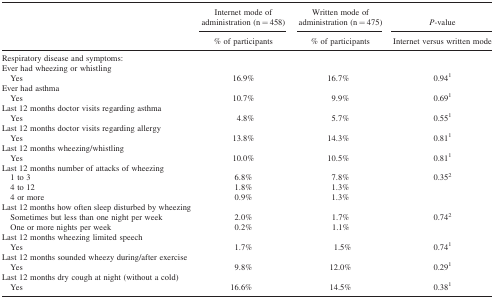
|  | Internet mode of administration (n = 458) | Written mode of administration (n = 475) | P-value |
 |  | % of participants | % of participants | Internet versus written mode |
 | --- | --- | --- | --- |
 | <COLSPAN=4> Respiratory disease and symptoms: |
 | <COLSPAN=4> Ever had wheezing or whistling |
 | Yes | 16.9% | 16.7% | 0.941 |
 | <COLSPAN=4> Ever had asthma |
 | Yes | 10.7% | 9.9% | 0.691 |
 | <COLSPAN=4> Last 12 months doctor visits regarding asthma |
 | Yes | 4.8% | 5.7% | 0.551 |
 | <COLSPAN=4> Last 12 months doctor visits regarding allergy |
 | Yes | 13.8% | 14.3% | 0.811 |
 | <COLSPAN=4> Last 12 months wheezing/whistling |
 | Yes | 10.0% | 10.5% | 0.811 |
 | <COLSPAN=4> Last 12 months number of attacks of wheezing |
 | 1 to 3 | 6.8% | 7.8% | 0.352 |
 | 4 to 12 | 1.8% | 1.3% |  |
 | 4 or more | 0.9% | 1.3% |  |
 | <COLSPAN=4> Last 12 months how often sleep disturbed by wheezing |
 | Sometimes but less than one night per week | 2.0% | 1.7% | 0.742 |
 | One or more nights per week | 0.2% | 1.1% |  |
 | <COLSPAN=4> Last 12 months wheezing limited speech |
 | Yes | 1.7% | 1.5% | 0.741 |
 | <COLSPAN=4> Last 12 months sounded wheezy during/after exercise |
 | Yes | 9.8% | 12.0% | 0.291 |
 | <COLSPAN=4> Last 12 months dry cough at night (without a cold) |
 | Yes | 16.6% | 14.5% | 0.381 |